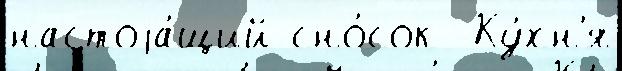
настоjа́щий сно́сок  Ку́хн'я